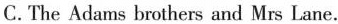
C. The Adams brothers and Mrs Lane.